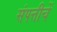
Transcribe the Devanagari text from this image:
संपत्तीचें